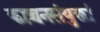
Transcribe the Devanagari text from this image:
काञ्चनसंयुक्तां